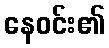
နေဝင်း၏